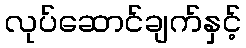
လုပ်ဆောင်ချက်နှင့်